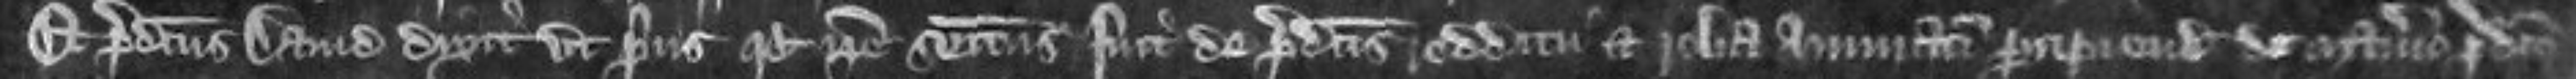
Et predictus David dixit ut prius quod ipse seisitus fuit de predictis redditu et roba annuatim precipiendis de manerio predicto